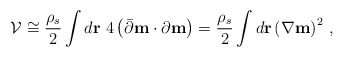
\begin{align*}{\cal V} \cong { \rho_s \over 2} \int d {\bf r} ~4 \left(\bar\partial {\bf m} \cdot {\partial }{\bf m} \right)= { \rho_s \over 2}\int d {\bf r} \left(\nabla {\bf m}\right)^2 \, ,\end{align*}